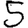
Digit: 5